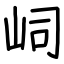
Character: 㟃